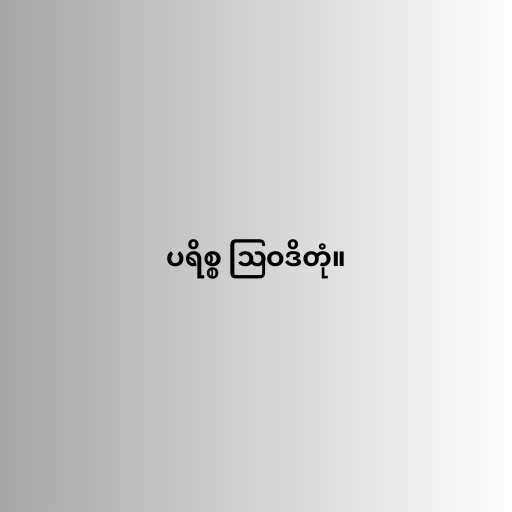
ပရိစ္စ ဩဝဒိတုံ။